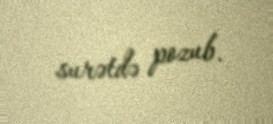
surətdə pozub.